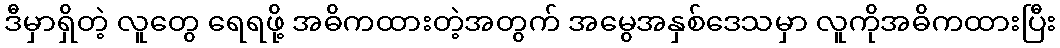
ဒီမှာရှိတဲ့ လူတွေ ရေရဖို့ အဓိကထားတဲ့အတွက် အမွေအနှစ်ဒေသမှာ လူကိုအဓိကထားပြီး